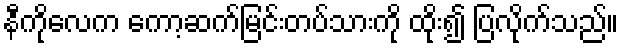
နီကိုလေက ကော့ဆက်မြင်းတပ်သားကို ထိုး၍ ပြလိုက်သည်။